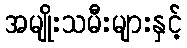
အမျိုးသမီးများနှင့်